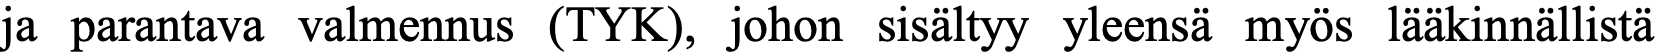
ja parantava valmennus (TYK), johon sisältyy yleensä myös lääkinnällistä